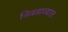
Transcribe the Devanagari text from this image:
निवडाव्यात